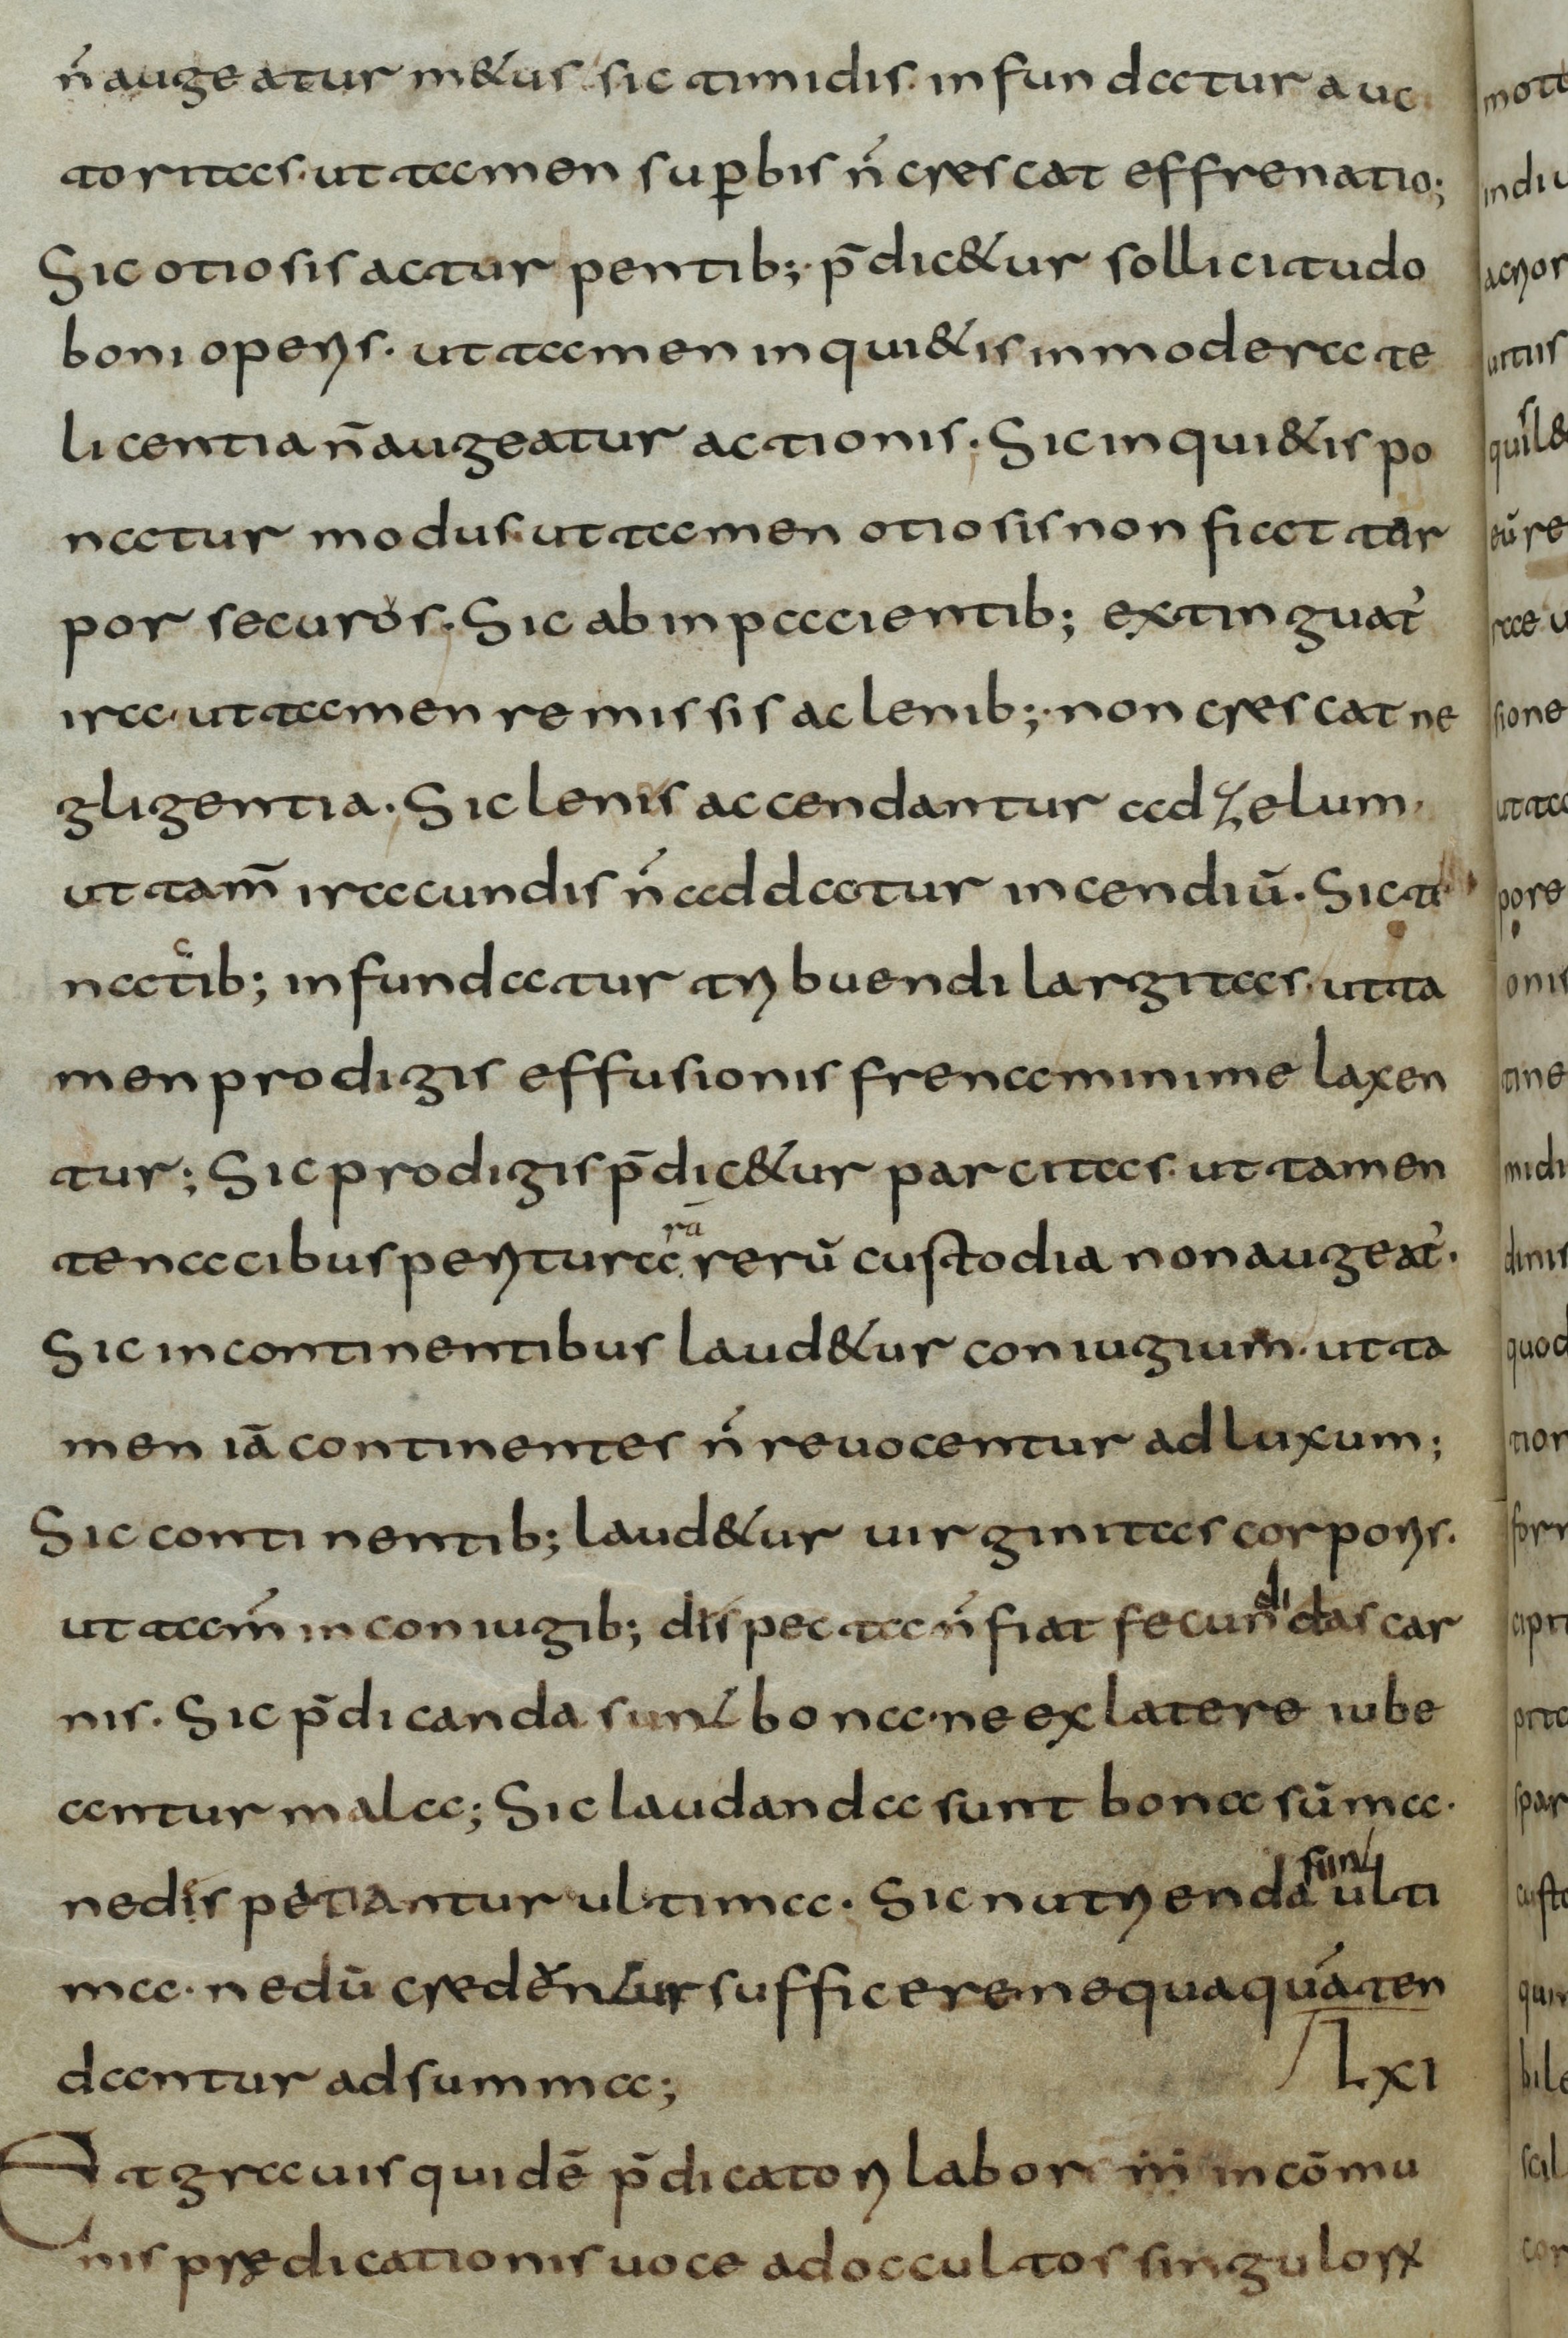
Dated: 800–830